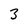
Character: 3